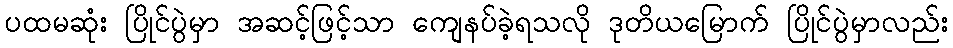
ပထမဆုံး ပြိုင်ပွဲမှာ အဆင့်ဖြင့်သာ ကျေနပ်ခဲ့ရသလို ဒုတိယမြောက် ပြိုင်ပွဲမှာလည်း